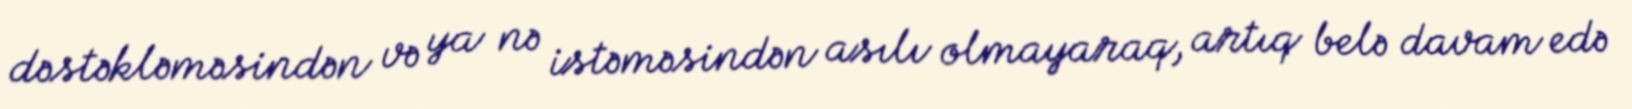
dəstəkləməsindən və ya nə istəməsindən asılı olmayaraq, artıq belə davam edə